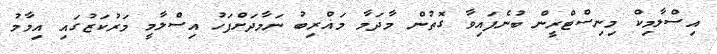
އިސްލާމިކް މިނިސްޓްރީން ބުނެފައިވާ ގޮތުން މާދަމާ މަޣްރިބު ނަމާދަށްފަހު އިސްލާމީ މަރުކަޒުގައި އިމާމު